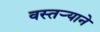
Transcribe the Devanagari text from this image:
वस्तर्‍याने